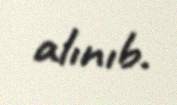
alınıb.